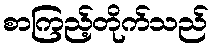
စာကြည့်တိုက်သည်